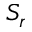
S _ { r }